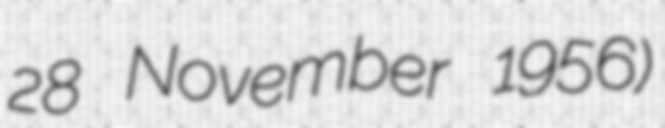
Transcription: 28 November 1956)